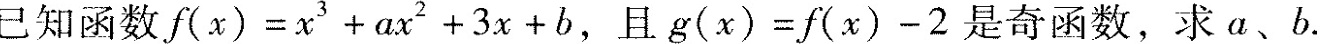
知函数f(x)=x^{3}+ax^{2}+3x+b，且g(x)=f(x)-2是奇函数，求a、b。